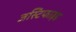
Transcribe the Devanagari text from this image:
जस्टिफाइड